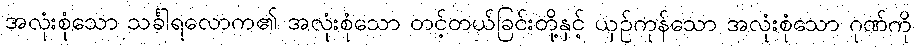
အလုံးစုံသော သင်္ခါရလောက၏ အလုံးစုံသော တင့်တယ်ခြင်းတို့နှင့် ယှဉ်ကုန်သော အလုံးစုံသော ဂုဏ်ကို